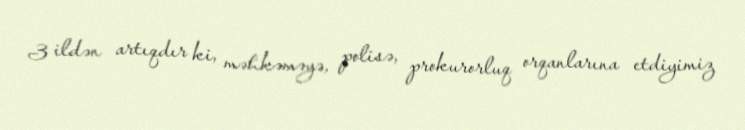
3 ildən artıqdır ki, məhkəməyə, polisə, prokurorluq orqanlarına etdiyimiz